Leaving Certificate Examination, 1914
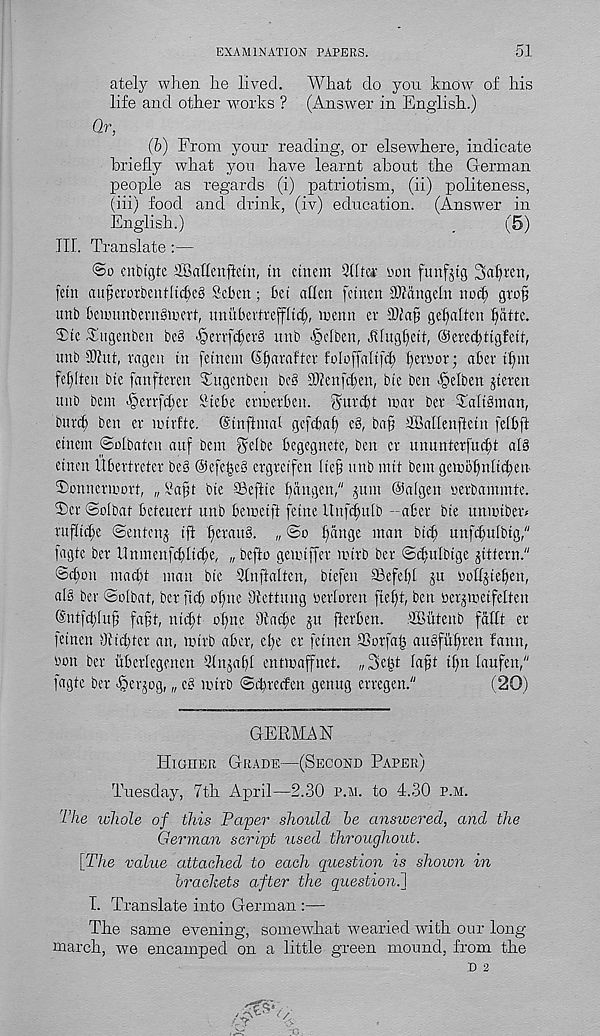
EXAMINATION PAPERS.
51
ately when he lived.
What do you know of his
life and other works ? (Answer in English.)
Or,
(b) From your reading, or elsewhere, indicate
briefly what you have learnt about the German
people as regards (i) patriotism, (ii) politeness,
(iii) food and drink, (iv) education. (Answer in
English.)
_
(5)
III. Translate:—
©o enbtgte HBcidenfletn, in ctncm 2(ltei - rou funfjtg 3af)t'cn,
fctn auHevorbentlicbeS Scbcn; bei alien fctiten DJfangelu noc^ gro§
unb beumnbemSniert, mtubertreffltc^, menu et
gefiatten fiatte.
Tic Tugenben be§ >§enfil)cr§ unb ^clben, Jtlugf)cit, ©ete^ttgfeit,
unb Shit, ragen in feinem (Sfiarafter foloffaltfc^ pernor; aber tlnu
fcl)ften bic fanfteren Tugcnben bc§ 2)?enfcl)en, bie ben >§elben jteren
unb bem ^)errf(^er Stebe emerben. ^urdit mar ber Talisman,
burcl) ben er mirfte. ©nftmal gcfcbaf) e§, ba§ dBallenfletn felbft
etnem ©clbaten auf bem ^elbe bcgegnete, ben er ununterfu^t al§
cincn libertreter be§ @efe§e§ crgreifen lie§ unb nut bem gemof)n[ict;en
Tonnermorr, „ ^l a§t bie ©eftie Ijangen," ^um @a(gen rerbaminte.
Ter Solbat beteuert unb bemetft [cine Unfcfmlb -aber bte unmtber*
ruflid)e ©entenj ijl f>erau§. „
l)ange man bid; unfc^ulbtg,"
fagte ber I1nmenfdittd;e, „ befto gemtffer mtrb ber ©(^ulbtge gitfern."
©cl)on mad)t man bie SInftalten, btefen ©efel)[ ju bolfjteben,
al§ ber ©olbat, ber fid) otpie Olettung berloren fief)t, ben ber^metfelten
®ntfd)fu{; fa§t, nid;t of)ne lftad;e ju fterben. .dCiitenb fdllt er
feinen 01 id;ter an, mtrb aber, ef)e er fetnen ©orfaij ausfufiren faun,
bon ber uberlegenen 9lnja£)l entmaffnet. „3e£t Ia§t if)n laufen,"
fagte ber fberjog, „ c§ mtrb ©ebreefen gettug erregen."
(20)
GERMAN
Higher Grade—(Second Paper)
Tuesday, 7th April—2.30 p.m. to 4.30 p.m.
The whole of this Paper should be answered, and the
German script used throughout.
[The value attached to each question is shown in
brackets after the question.!
I. Translate into German :—
The same evening, somewhat wearied with our long
march, we encamped on a little green mound, from the